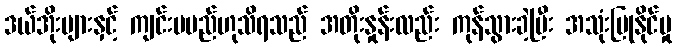
ဒယ်အိုးများနှင့် ကျင်းပမည်ဟုသိရသည် အတိုးနှုန်းလည်း ကုန်သွားခဲ့ပြီး အသုံးပြုနိုင်မှု